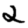
Digit: 2